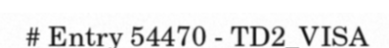
# Entry 54470 - TD2_VISA